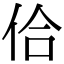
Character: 佮